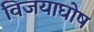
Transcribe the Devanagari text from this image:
विजयाघोष